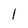
Character: l